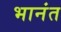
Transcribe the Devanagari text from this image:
भानंत